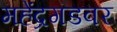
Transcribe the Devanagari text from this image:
महेंद्रगडवर